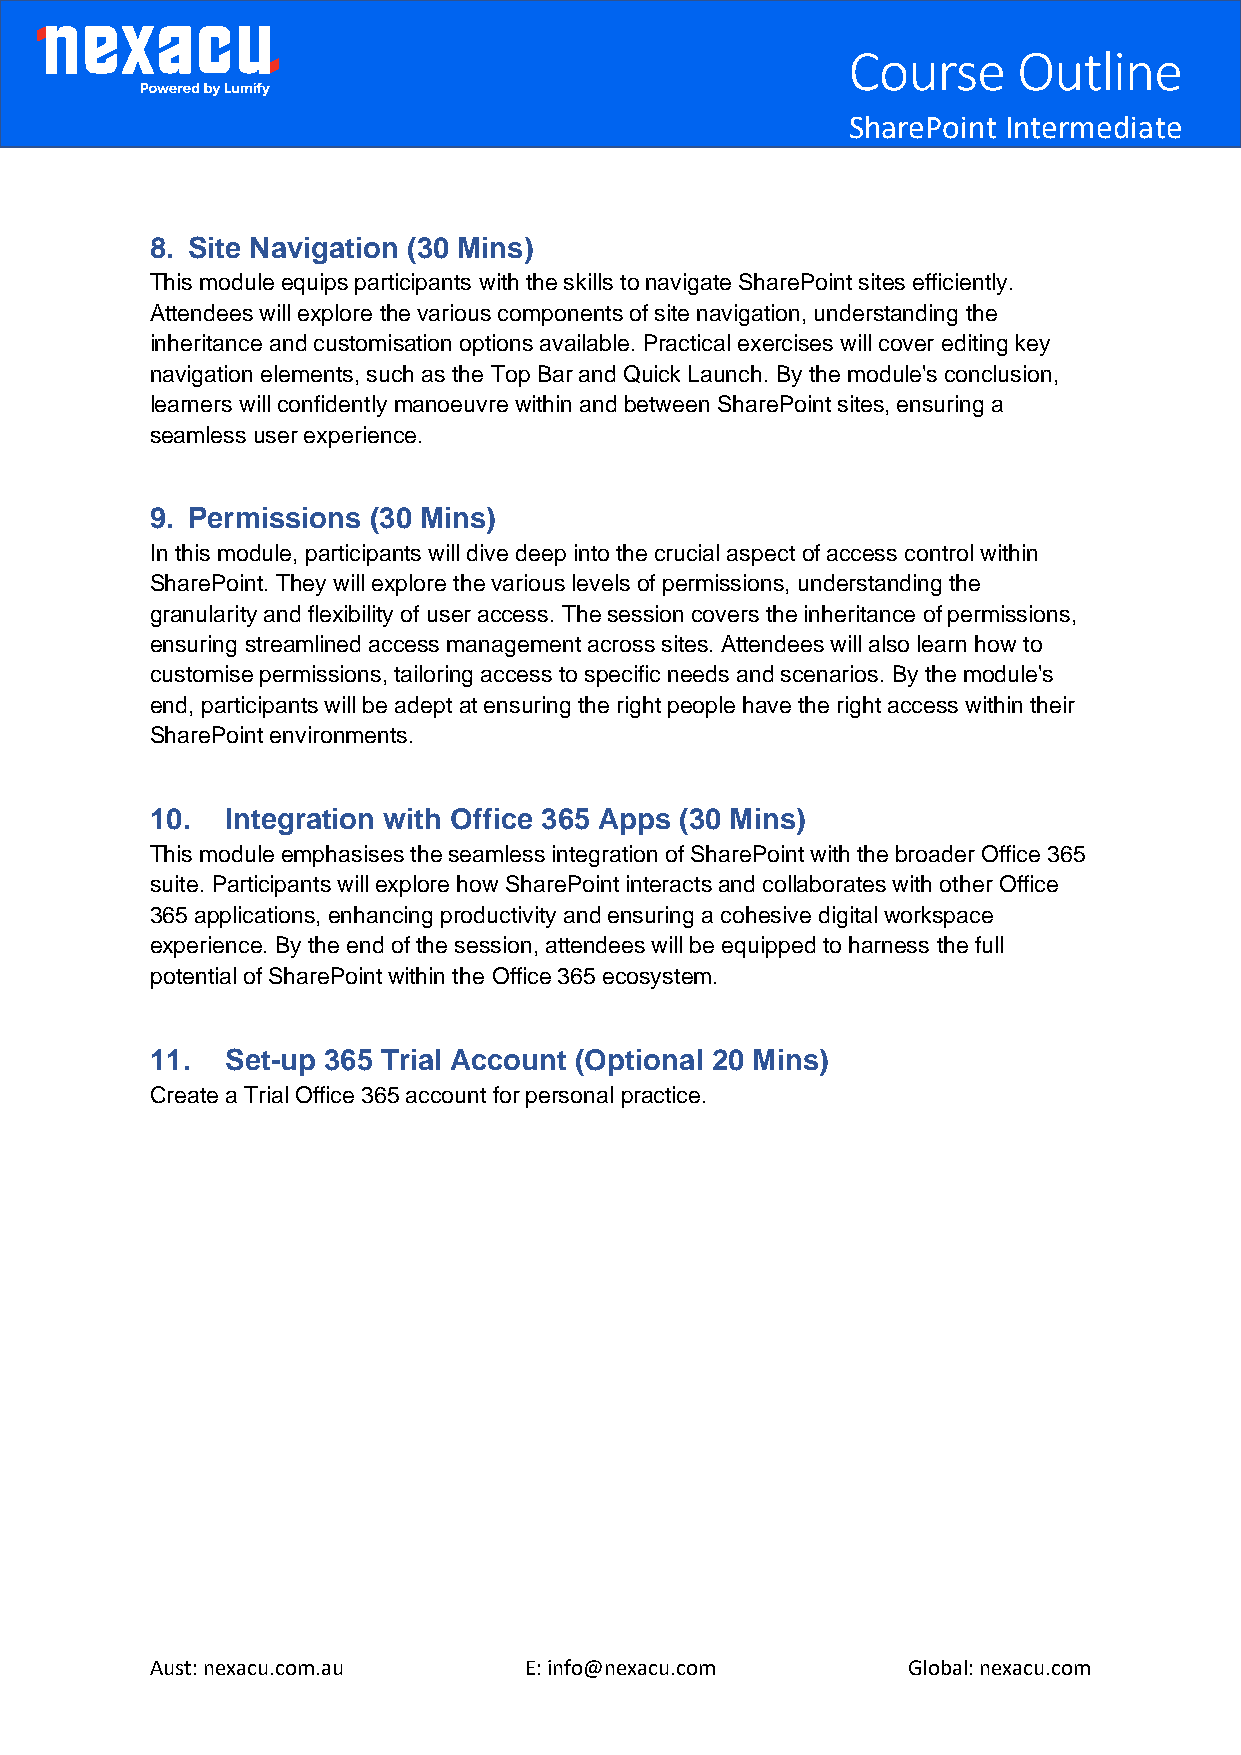
Course     Outline
 [Type here]
 SharePoint Intermediate
 8. Site Navigation (30 Mins)
 This module equips participants with the skills to navigate SharePoint sites efficiently.
 Attendees will explore the various components of site navigation, understanding the
 inheritance and customisation options available. Practical exercises will cover editing key
 navigation elements, such as the Top Bar and Quick Launch. By the module's conclusion,
 learners will confidently manoeuvre within and between SharePoint sites, ensuring a
 seamless user experience.
 9. Permissions (30 Mins)
 In this module, participants will dive deep into the crucial aspect of access control within
 SharePoint. They will explore the various levels of permissions, understanding the
 granularity and flexibility of user access. The session covers the inheritance of permissions,
 ensuring streamlined access management across sites. Attendees will also learn how to
 customise permissions, tailoring access to specific needs and scenarios. By the module's
 end, participants will be adept at ensuring the right people have the right access within their
 SharePoint environments.
 10.  Integration with Office 365 Apps (30 Mins)
 This module emphasises the seamless integration of SharePoint with the broader Office 365
 suite. Participants will explore how SharePoint interacts and collaborates with other Office
 365 applications, enhancing productivity and ensuring a cohesive digital workspace
 experience. By the end of the session, attendees will be equipped to harness the full
 potential of SharePoint within the Office 365 ecosystem.
 11.  Set-up 365 Trial Account (Optional 20 Mins)
 Create a Trial Office 365 account for personal practice.
 Aust: nexacu.com.au      E: info@nexacu.com       Global: nexacu.com